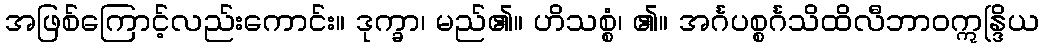
အဖြစ်ကြောင့်လည်းကောင်း။ ဒုက္ခာ၊ မည်၏။ ဟိသစ္စံ၊ ၏။ အင်္ဂပစ္စင်္ဂသိထိလီဘာဝဣန္ဒြိယ